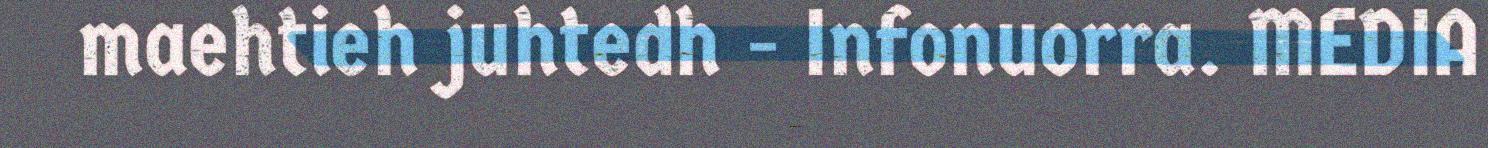
maehtieh juhtedh - Infonuorra. MEDIA